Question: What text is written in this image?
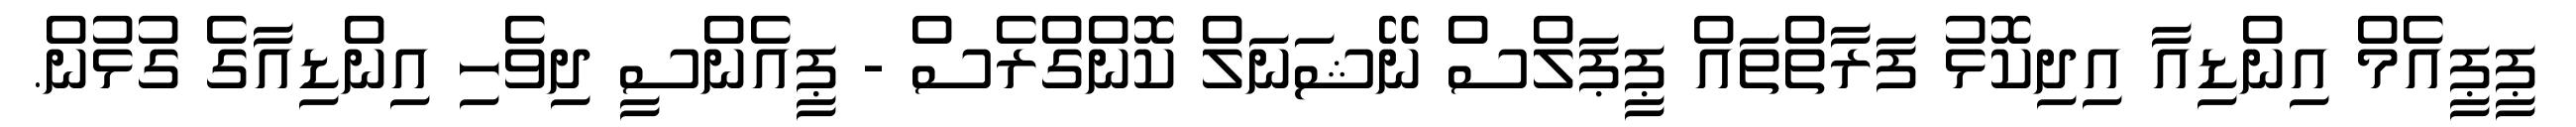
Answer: ޕީޕީއެމް އިންޑިއާ އިދިކޮޅު ފަރާތްތައް ޕީޕަލްސް ނޭޝަނަލް ކޮންގްރެސް - ޕީއެންސީ ދިވެހި އިންޑިއާގެ ގުޅުން.